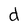
Character: d